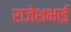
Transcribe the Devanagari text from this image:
राजेशभाई